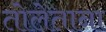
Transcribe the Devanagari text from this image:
तोलेताना